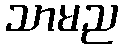
သာမည